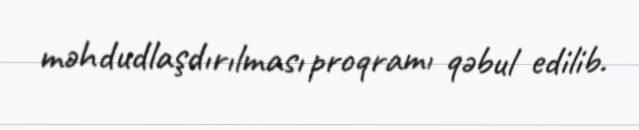
məhdudlaşdırılması proqramı qəbul edilib.